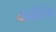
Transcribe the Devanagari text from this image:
वनैरंड